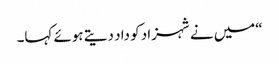
“میں نے شہزاد کو داد دیتے ہوئے کہا۔